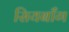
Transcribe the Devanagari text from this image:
सियबाँग